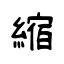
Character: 縮